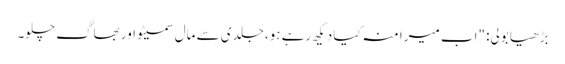
بڑھیا بولی: "اب میرا منہ کیا دیکھ رہے ہو، جلدی سے مال سمیٹو اور بھاگ چلو۔